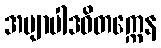
အဗျာပါဒဝိတက္ကေန